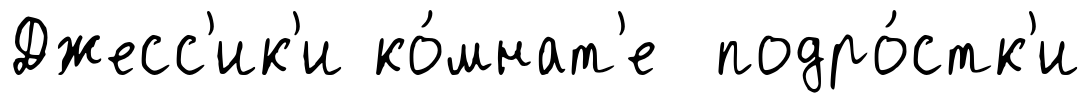
Джесс'ик'и ко́мнат'е подро́стк'и